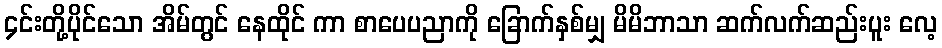
၄င်းတို့ပိုင်သော အိမ်တွင် နေထိုင် ကာ စာပေပညာကို ခြောက်နှစ်မျှ မိမိဘာသာ ဆက်လက်ဆည်းပူး လေ့